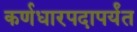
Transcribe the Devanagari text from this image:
कर्णधारपदापर्यंत